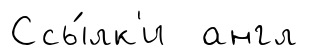
Ссы́лк'и англ